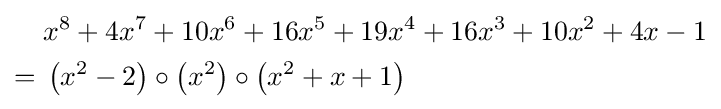
{\begin{aligned}&x^{8}+4x^{7}+10x^{6}+16x^{5}+19x^{4}+16x^{3}+10x^{2}+4x-1\\={}&\left(x^{2}-2\right)\circ \left(x^{2}\right)\circ \left(x^{2}+x+1\right)\end{aligned}}